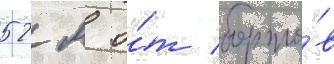
52 м о́т борто́в